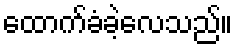
ထောက်ခံခဲ့လေသည်။